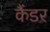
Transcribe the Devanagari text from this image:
कैंडर